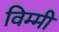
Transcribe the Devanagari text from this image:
विम्मी